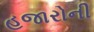
હજારોની